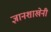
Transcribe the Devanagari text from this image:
ज्ञानशाखेनी